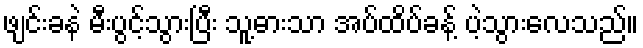
ဖျင်းခနဲ မီးပွင့်သွားပြီး သူ့ဓားသာ အပ်ထိပ်ခန့် ပဲ့သွားလေသည်။